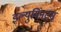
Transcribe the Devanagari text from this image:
इल्युमिनट्स